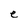
Character: e